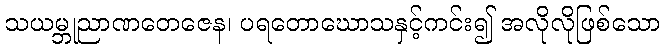
သယမ္ဘုညာဏတေဇေန၊ ပရတောဃောသနှင့်ကင်း၍ အလိုလိုဖြစ်သော